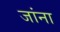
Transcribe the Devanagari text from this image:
जांना